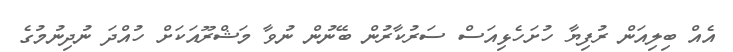
އެއް ބިލިއަން ރުފިޔާ ހުށަހެޅިއަސް ސަރުކާރުން ބޭނުން ނުވާ މަޝްރޫއަކަށް ހުއްދަ ނުދިނުމުގެ